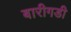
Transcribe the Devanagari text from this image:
बारीगडी